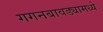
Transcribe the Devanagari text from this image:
गगनबावड्यामध्ये